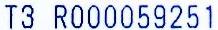
T3 R000059251